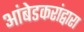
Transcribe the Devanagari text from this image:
आंबेडकरांद्वारा